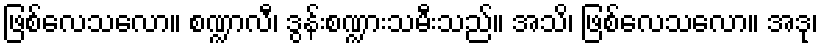
ဖြစ်လေသလော။ စဏ္ဍာလီ၊ ဒွန်းစဏ္ဍားသမီးသည်။ အသိ၊ ဖြစ်လေသလော။ အဒု၊